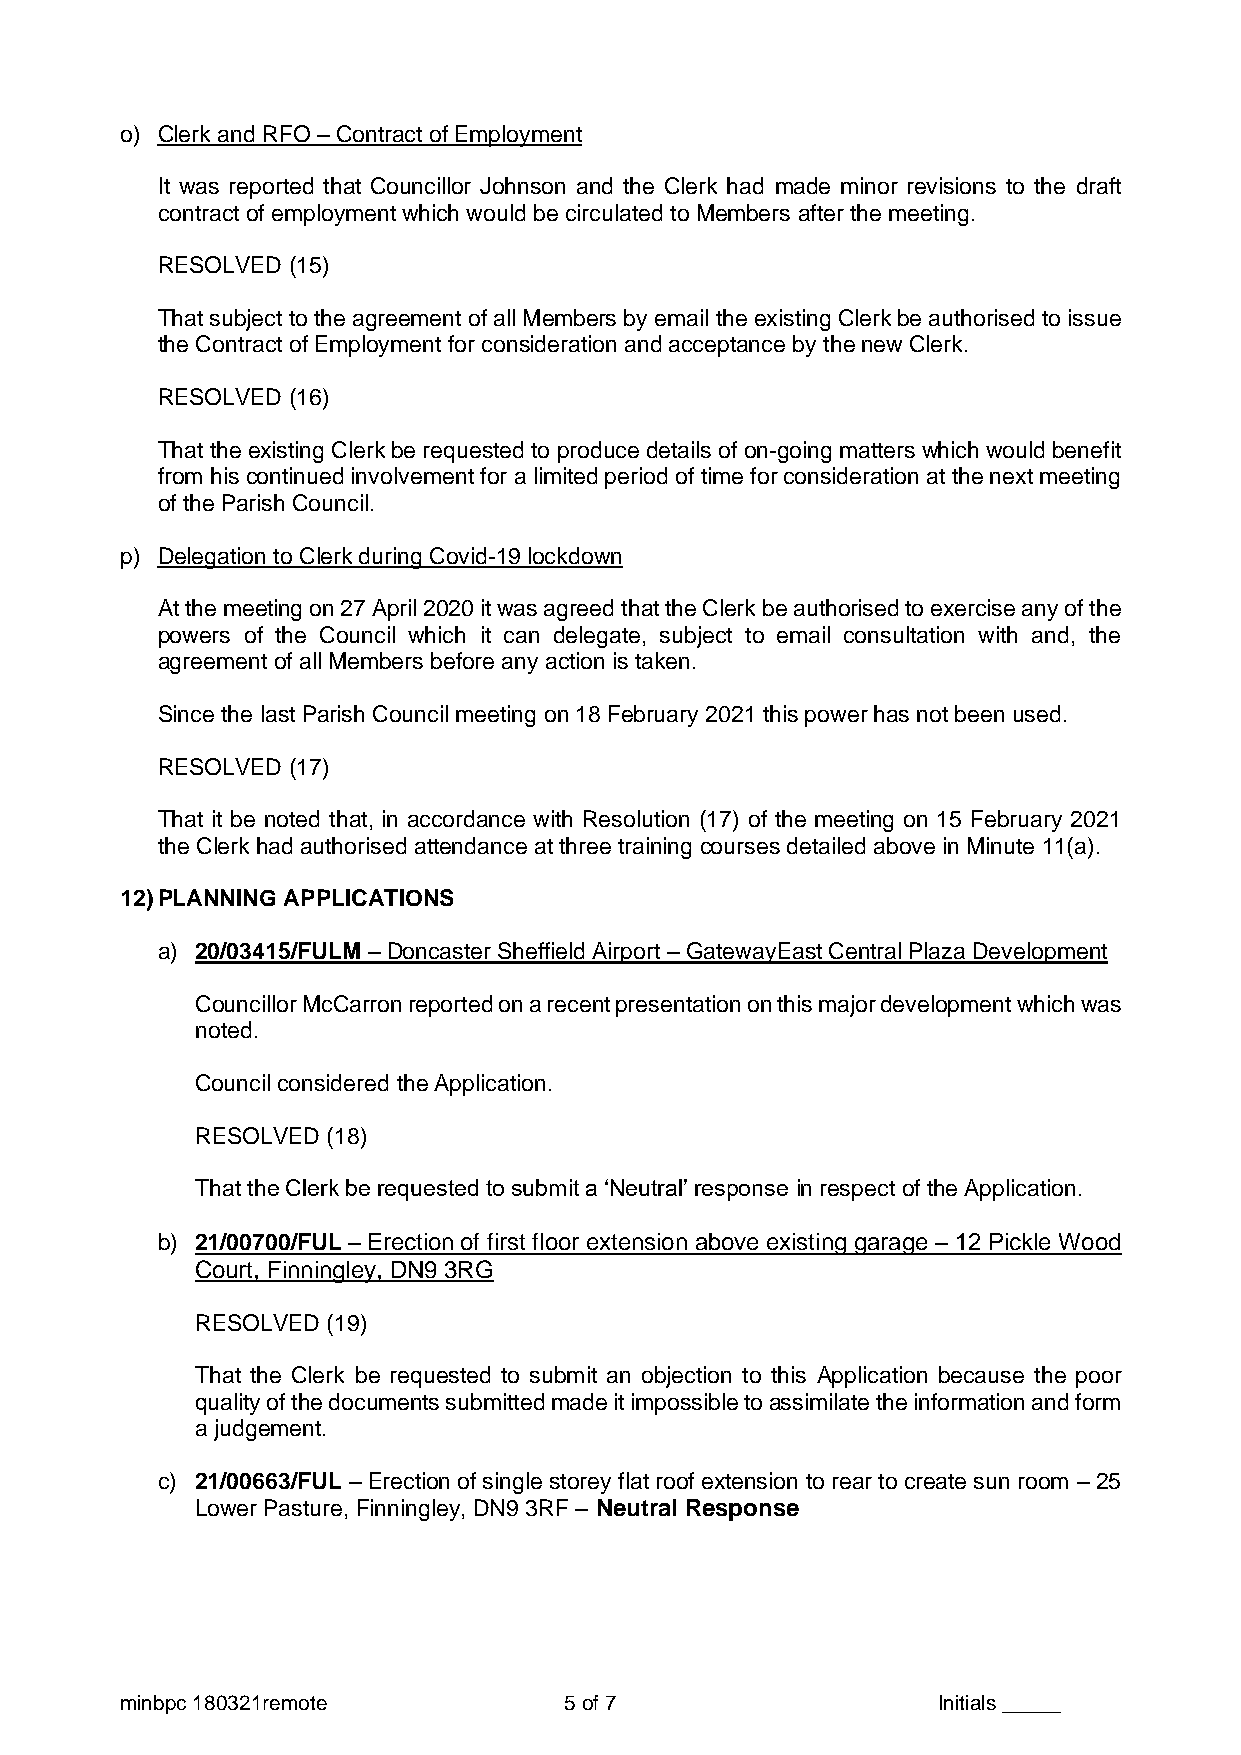
o) Clerk and RFO – Contract of Employment
 It was reported that Councillor Johnson and the Clerk had made minor revisions to the draft
 contract of employment which would be circulated to Members after the meeting.
 RESOLVED (15)
 That subject to the agreement of all Members by email the existing Clerk be authorised to issue
 the Contract of Employment for consideration and acceptance by the new Clerk.
 RESOLVED (16)
 That the existing Clerk be requested to produce details of on-going matters which would benefit
 from his continued involvement for a limited period of time for consideration at the next meeting
 of the Parish Council.
 p) Delegation to Clerk during Covid-19 lockdown
 At the meeting on 27 April 2020 it was agreed that the Clerk be authorised to exercise any of the
 powers of the Council which it can delegate, subject to email consultation with and, the
 agreement of all Members before any action is taken.
 Since the last Parish Council meeting on 18 February 2021 this power has not been used.
 RESOLVED (17)
 That it be noted that, in accordance with Resolution (17) of the meeting on 15 February 2021
 the Clerk had authorised attendance at three training courses detailed above in Minute 11(a).
 12) PLANNING APPLICATIONS
 a) 20/03415/FULM – Doncaster Sheffield Airport – GatewayEast Central Plaza Development
 Councillor McCarron reported on a recent presentation on this major development which was
 noted.
 Council considered the Application.
 RESOLVED (18)
 That the Clerk be requested to submit a ‘Neutral’ response in respect of the Application.
 b) 21/00700/FUL – Erection of first floor extension above existing garage – 12 Pickle Wood
 Court, Finningley, DN9 3RG
 RESOLVED (19)
 That the Clerk be requested to submit an objection to this Application because the poor
 quality of the documents submitted made it impossible to assimilate the information and form
 a judgement.
 c) 21/00663/FUL – Erection of single storey flat roof extension to rear to create sun room – 25
 Lower Pasture, Finningley, DN9 3RF – Neutral Response
 minbpc 180321remote          5 of 7                   Initials _____